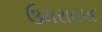
ઉમરાવપદ